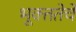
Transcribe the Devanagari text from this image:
भूक्ततेचे